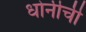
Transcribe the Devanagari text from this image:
धोनीची